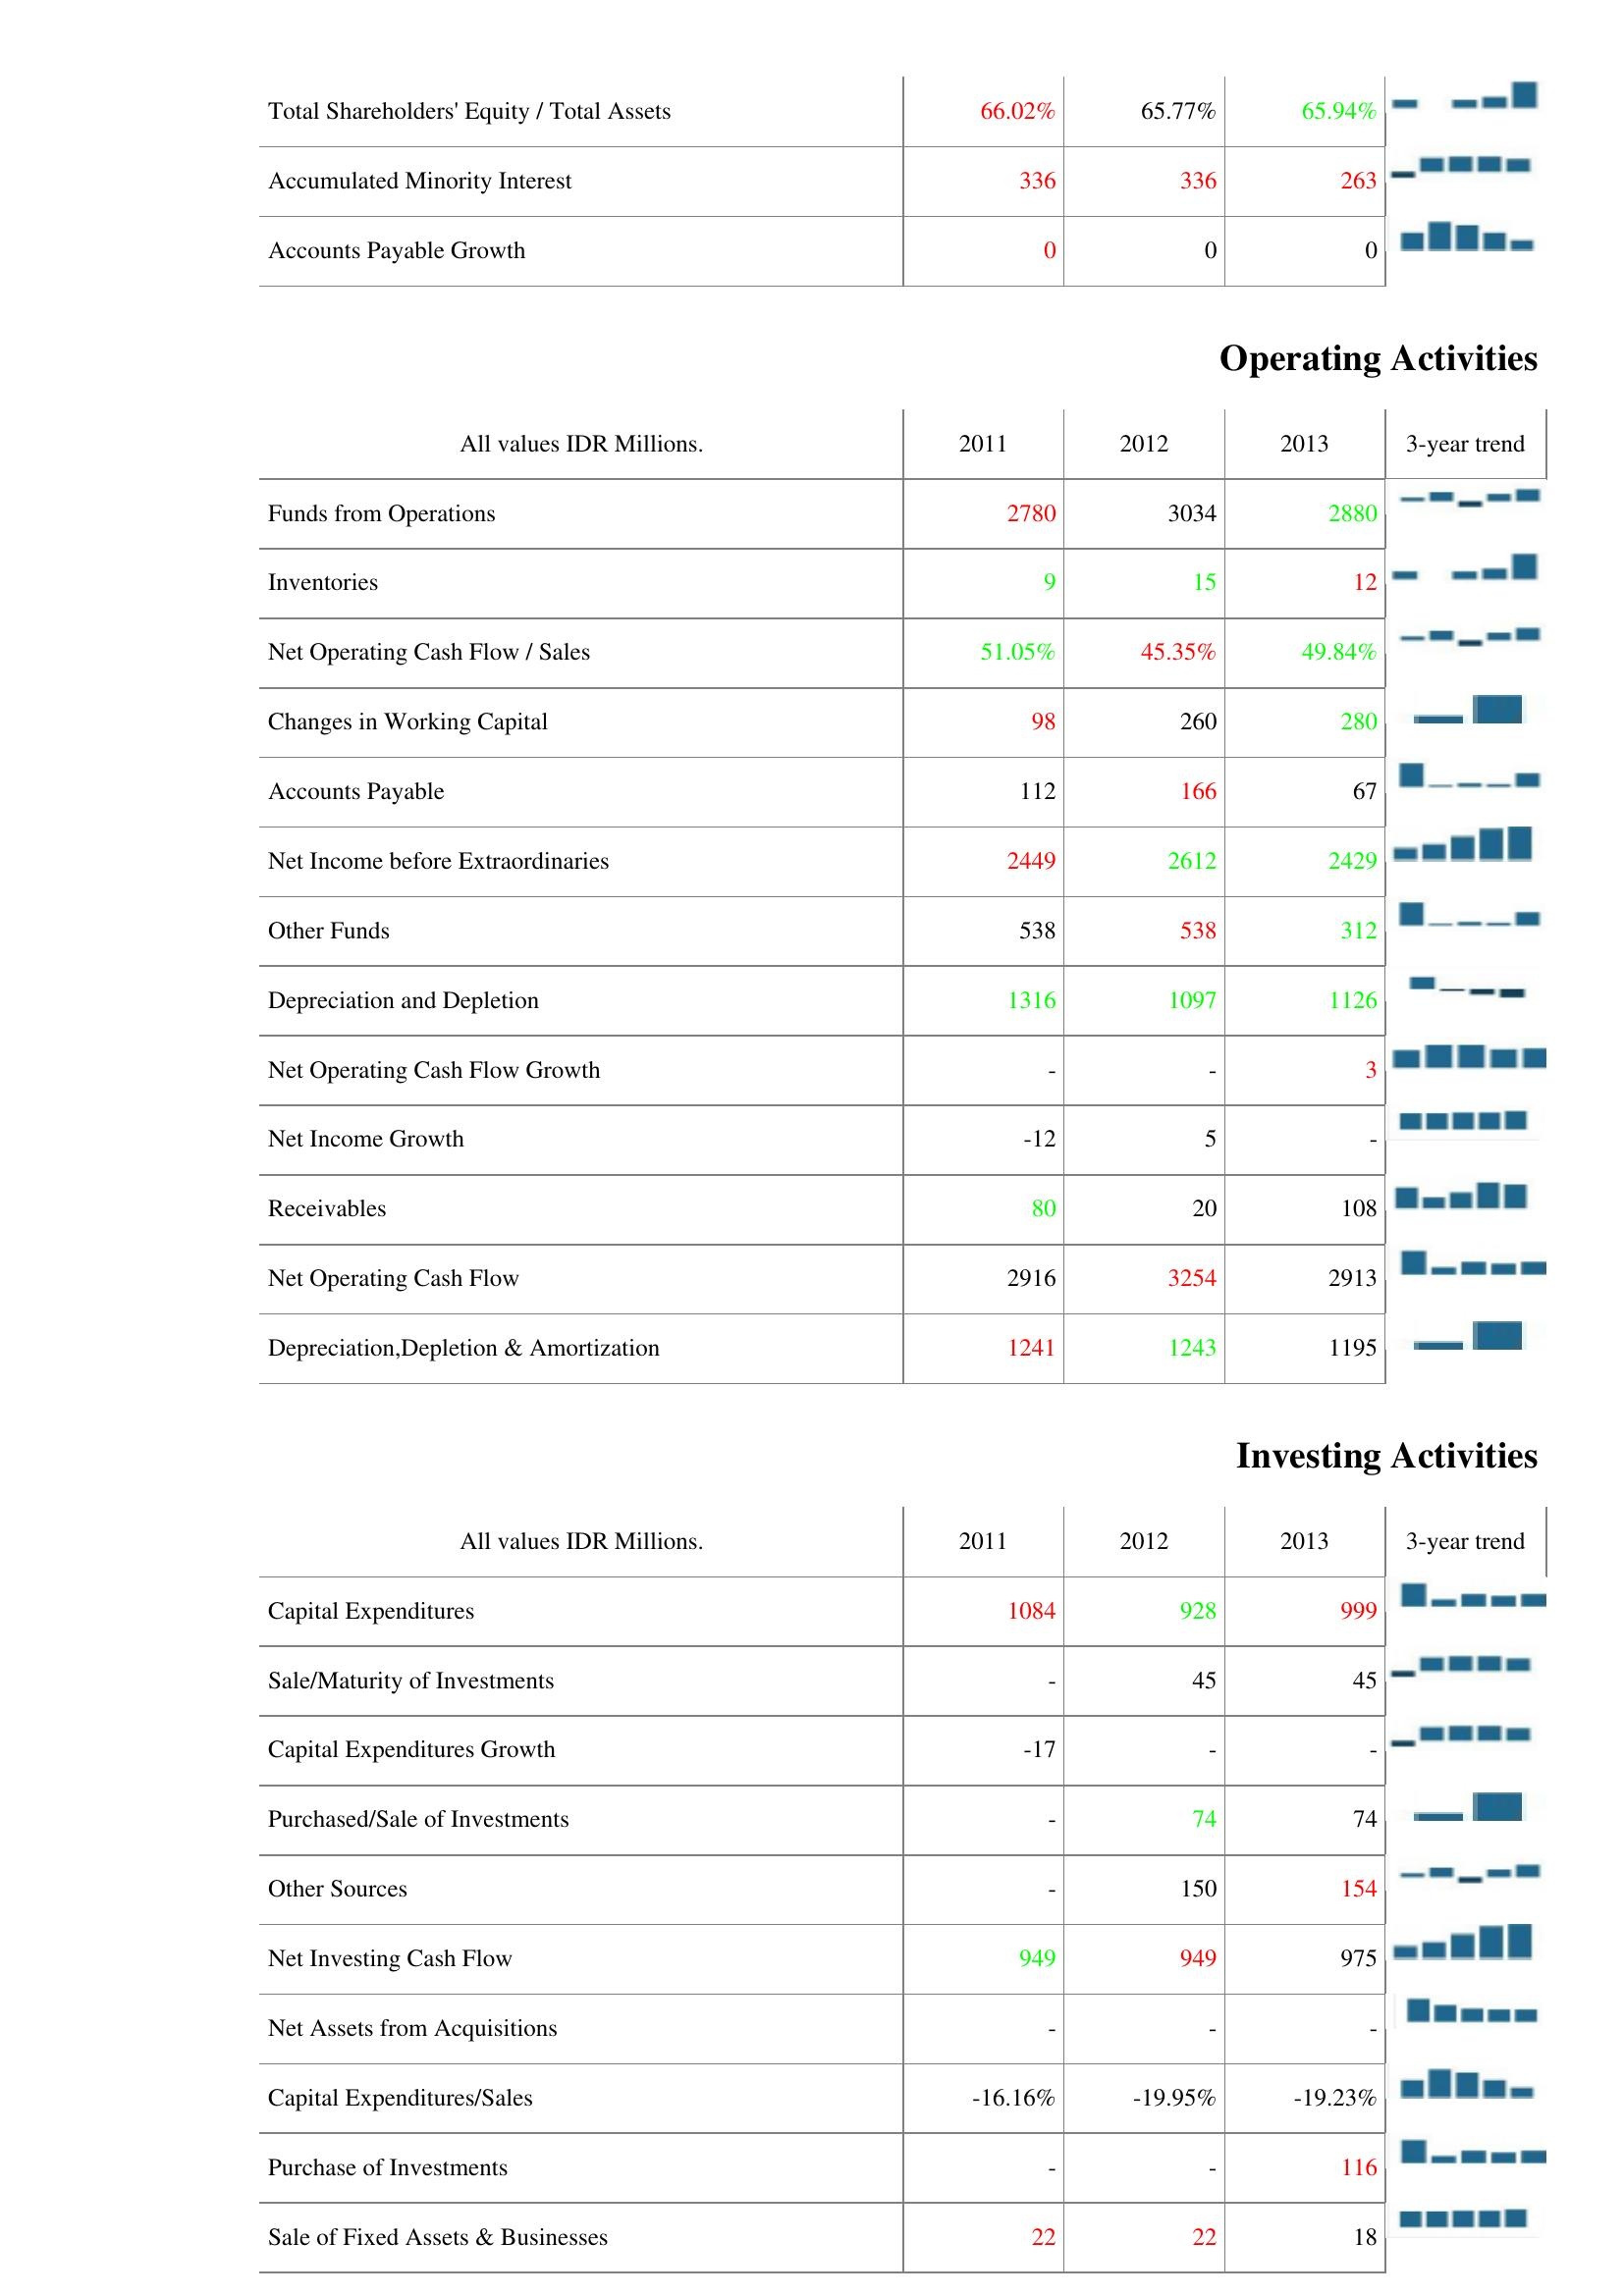
2011: Liabilities & Shareholder's Equity: Total Shareholders' Equity / Total Assets: 66.02%
Accumulated Minority Interest: 336
Accounts Payable Growth: 0
Operating Activities: Funds from Operations: 2780
Inventories: 9
Net Operating Cash Flow / Sales: 51.05%
Changes in Working Capital: 98
Accounts Payable: 112
Net Income before Extraordinaries: 2449
Other Funds: 538
Depreciation and Depletion: 1316
Net Operating Cash Flow Growth: -
Net Income Growth: -12
Receivables: 80
Net Operating Cash Flow: 2916
Depreciation,Depletion & Amortization: 1241
Investing Activities: Capital Expenditures: 1084
Sale/Maturity of Investments: -
Capital Expenditures Growth: -17
Purchased/Sale of Investments: -
Other Sources: -
Net Investing Cash Flow: 949
Net Assets from Acquisitions: -
Capital Expenditures/Sales: -16.16%
Purchase of Investments: -
Sale of Fixed Assets & Businesses: 22
2012: Liabilities & Shareholder's Equity: Total Shareholders' Equity / Total Assets: 65.77%
Accumulated Minority Interest: 336
Accounts Payable Growth: 0
Operating Activities: Funds from Operations: 3034
Inventories: 15
Net Operating Cash Flow / Sales: 45.35%
Changes in Working Capital: 260
Accounts Payable: 166
Net Income before Extraordinaries: 2612
Other Funds: 538
Depreciation and Depletion: 1097
Net Operating Cash Flow Growth: -
Net Income Growth: 5
Receivables: 20
Net Operating Cash Flow: 3254
Depreciation,Depletion & Amortization: 1243
Investing Activities: Capital Expenditures: 928
Sale/Maturity of Investments: 45
Capital Expenditures Growth: -
Purchased/Sale of Investments: 74
Other Sources: 150
Net Investing Cash Flow: 949
Net Assets from Acquisitions: -
Capital Expenditures/Sales: -19.95%
Purchase of Investments: -
Sale of Fixed Assets & Businesses: 22
2013: Liabilities & Shareholder's Equity: Total Shareholders' Equity / Total Assets: 65.94%
Accumulated Minority Interest: 263
Accounts Payable Growth: 0
Operating Activities: Funds from Operations: 2880
Inventories: 12
Net Operating Cash Flow / Sales: 49.84%
Changes in Working Capital: 280
Accounts Payable: 67
Net Income before Extraordinaries: 2429
Other Funds: 312
Depreciation and Depletion: 1126
Net Operating Cash Flow Growth: 3
Net Income Growth: -
Receivables: 108
Net Operating Cash Flow: 2913
Depreciation,Depletion & Amortization: 1195
Investing Activities: Capital Expenditures: 999
Sale/Maturity of Investments: 45
Capital Expenditures Growth: -
Purchased/Sale of Investments: 74
Other Sources: 154
Net Investing Cash Flow: 975
Net Assets from Acquisitions: -
Capital Expenditures/Sales: -19.23%
Purchase of Investments: 116
Sale of Fixed Assets & Businesses: 18